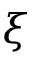
\xi